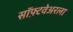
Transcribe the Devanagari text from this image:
सॉफ़्टवेअरला